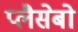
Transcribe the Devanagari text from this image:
प्लैसेबो